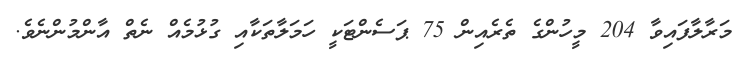
މަރާލާފައިވާ 204 މީހުންގެ ތެރެއިން 75 ޕަސެންޓަކީ ހަމަލާތަކާއި ގުޅުމެއް ނެތް އާންމުންނެވެ.